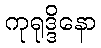
ကုရုဒ္ဒိနော